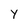
Character: Y